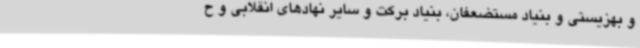
و بهزیستی و بنیاد مستضعفان، بنیاد برکت و سایر نهادهای انقلابی و ح